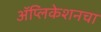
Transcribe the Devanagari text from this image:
अॅप्लिकेशनचा